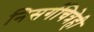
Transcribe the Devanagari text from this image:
निसर्गचित्रेही